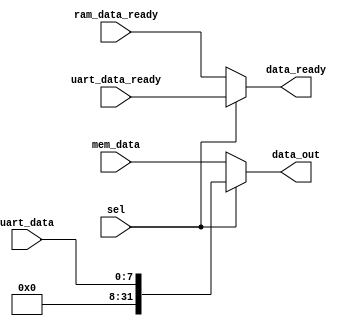
module read_mux(
input sel,
input ram_data_ready,
input uart_data_ready,
input [31:0] mem_data,
input [7:0] uart_data,
output [31:0] data_out,
output data_ready
);
assign data_ready = sel ? uart_data_ready : ram_data_ready;
assign data_out = sel ? {24'b0,uart_data} : mem_data;

endmodule